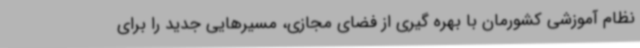
نظام آموزشی کشورمان با بهره گیری از فضای مجازی، مسیرهایی جدید را برای